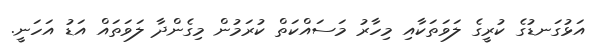
އަޅުގަނޑުގެ ކުރީގެ ލަވަތަކާއި މިހާރު މަސައްކަތް ކުރަމުން މިގެންދާ ލަވަތައް އަޑު އަހަނީ.